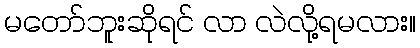
မတော်ဘူးဆိုရင် လာ လဲလို့ရမလား။